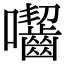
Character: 囓